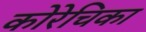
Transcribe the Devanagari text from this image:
कोरेचिका